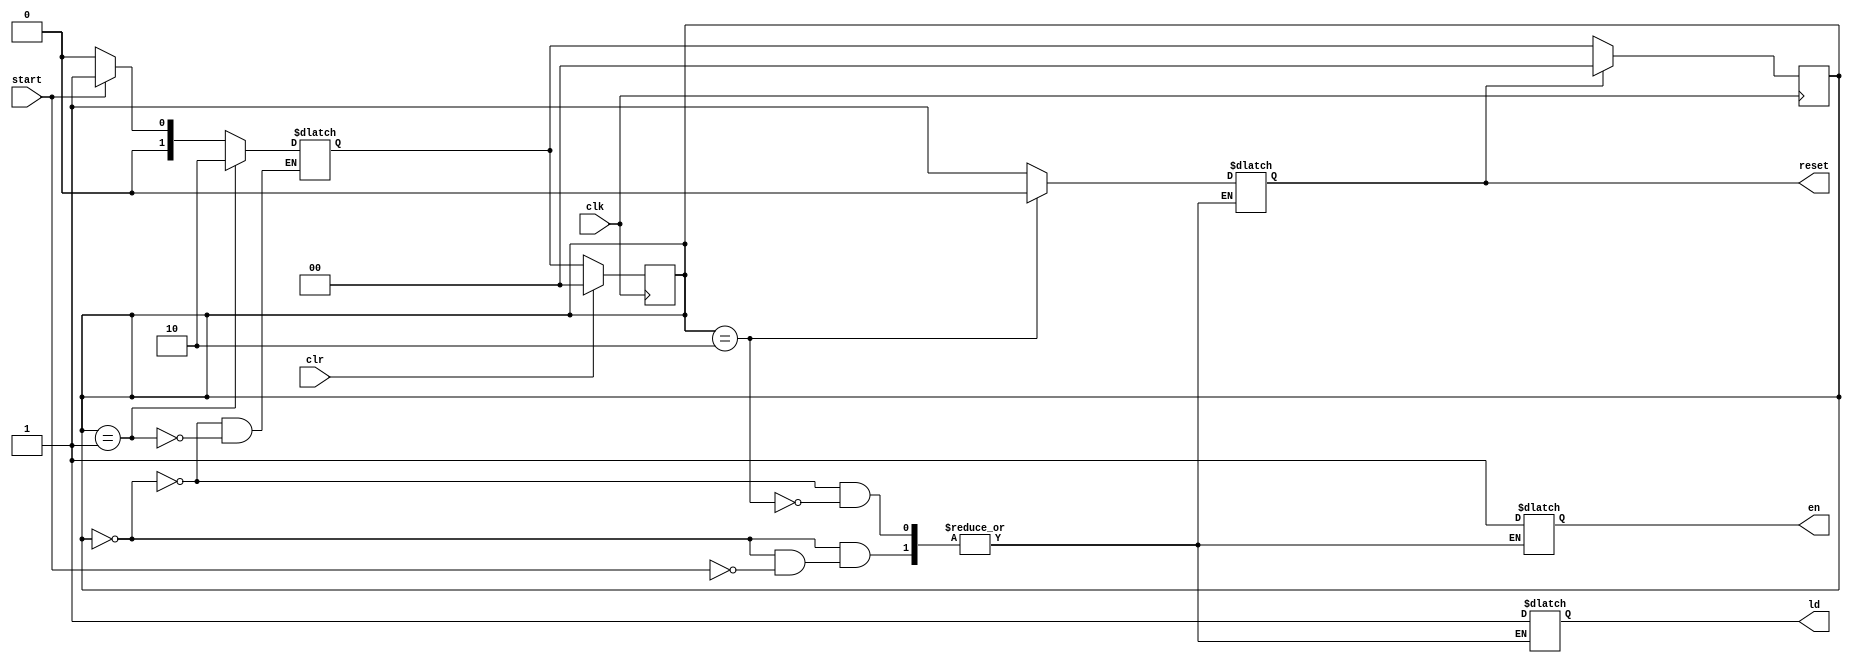
`timescale 1ns / 1ps
module fsm(ld,en,clk,reset,start,clr);
input clk,start,clr;
output reg ld,en,reset;
parameter INIT = 0;
parameter s1 = 1;
parameter s2 = 2;
reg [1:0]state,nextstate;

always@(posedge clk)begin
    if(reset==1)
        state <= INIT;
    else 
        state <= nextstate;
end
always@(posedge clk)begin
    if(clr==1)
        state = INIT;
    else 
        state = nextstate;
end
always@(*)begin
    case(state)
        INIT: begin
            if(start==1)begin
                nextstate = s1;
                reset = 1;
                en = 1;
                ld = 1;
            end
            else
                nextstate = INIT;
        end
        s1: begin
            nextstate = s2;
        end
        s2: begin
          ld = 1;
          reset = 0;
          en = 1;
//          nextstate = INIT;
        end
    endcase
end
endmodule